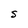
Character: S